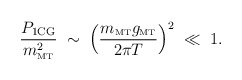
\begin{align*}\frac{P_{\rm 1CG}}{m^2_{\rm \scriptscriptstyle{MT}}} \; \sim\; \left(\frac{m_{\rm \scriptscriptstyle{MT}}g_{\rm \scriptscriptstyle{MT}}}{2\pi T}\right)^2\; \ll\; 1.\end{align*}